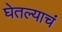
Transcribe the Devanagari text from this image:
घेतल्याचं